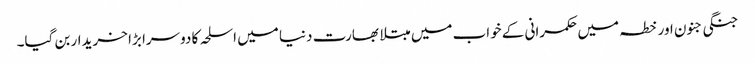
جنگی جنون اور خطہ میں حکمرانی کے خواب میں مبتلا بھارت دنیا میں اسلحہ کا دوسرا بڑا خریدار بن گیا۔